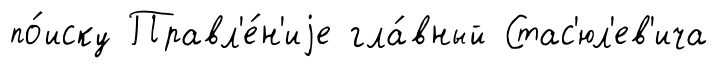
по́иску Правл'е́н'иjе гла́вный Стас'юл'ев'ича